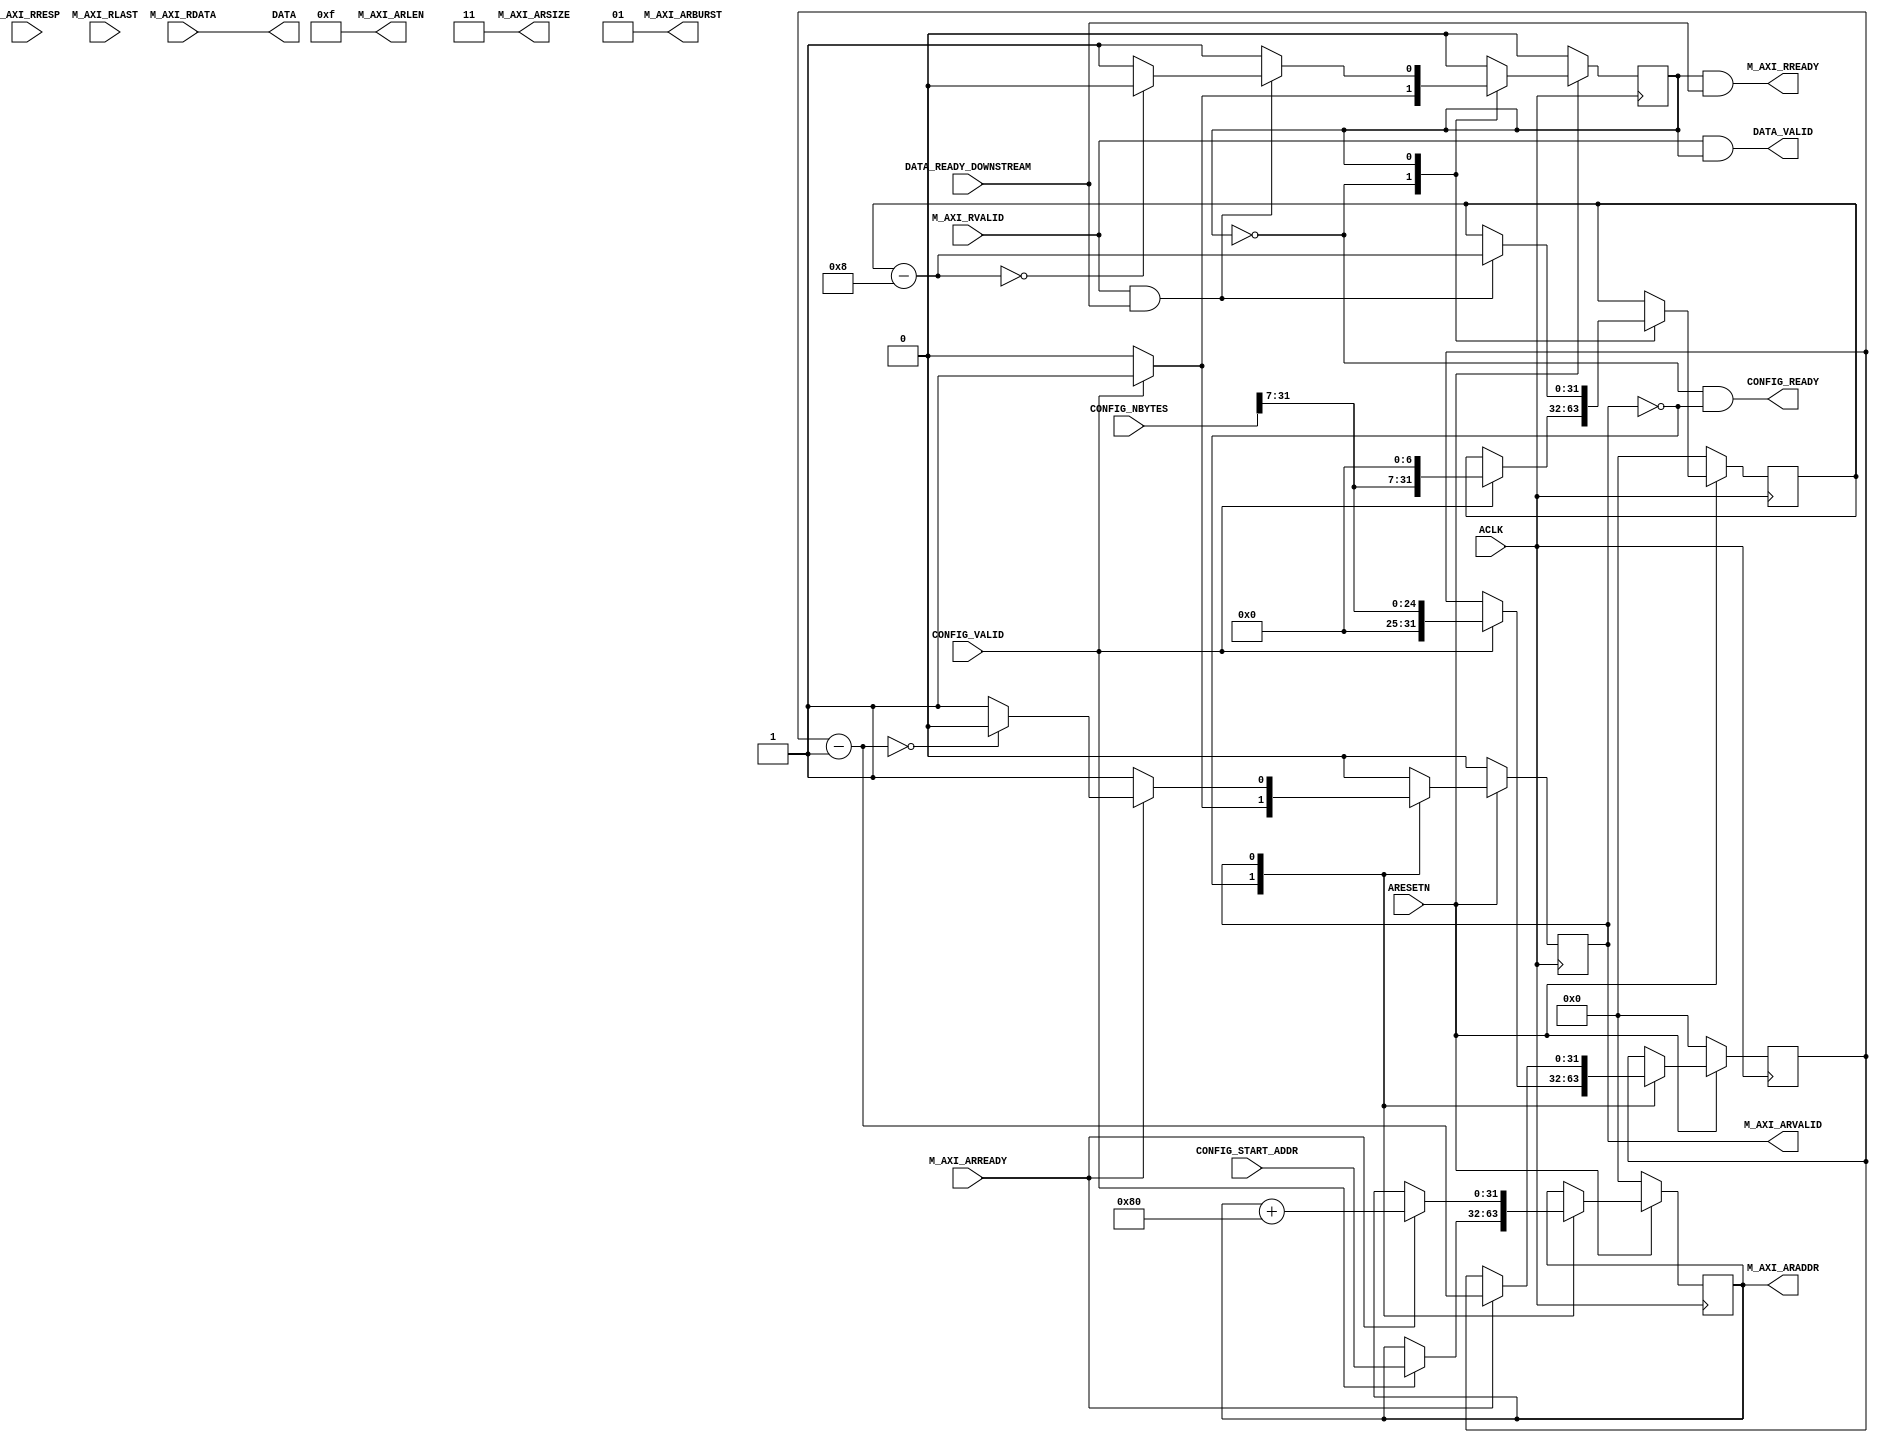
module DRAMReader_1(
    input ACLK,
    input ARESETN,
    output reg [31:0] M_AXI_ARADDR,
    input M_AXI_ARREADY,
    output  M_AXI_ARVALID,
    input [63:0] M_AXI_RDATA,
    output M_AXI_RREADY,
    input [1:0] M_AXI_RRESP,
    input M_AXI_RVALID,
    input M_AXI_RLAST,
    output [3:0] M_AXI_ARLEN,
    output [1:0] M_AXI_ARSIZE,
    output [1:0] M_AXI_ARBURST,
    input CONFIG_VALID,
    output CONFIG_READY,
    input [31:0] CONFIG_START_ADDR,
    input [31:0] CONFIG_NBYTES,
    input DATA_READY_DOWNSTREAM,
    output DATA_VALID,
    output [63:0] DATA
);
assign M_AXI_ARLEN = 4'b1111;
assign M_AXI_ARSIZE = 2'b11;
assign M_AXI_ARBURST = 2'b01;
parameter IDLE = 0, RWAIT = 1;
reg [31:0] a_count;
reg a_state;  
assign M_AXI_ARVALID = (a_state == RWAIT);
always @(posedge ACLK) begin
    if (ARESETN == 0) begin
        a_state <= IDLE;
        M_AXI_ARADDR <= 0;
        a_count <= 0;
    end else case(a_state)
        IDLE: begin
            if(CONFIG_VALID) begin
                M_AXI_ARADDR <= CONFIG_START_ADDR;
                a_count <= CONFIG_NBYTES[31:7];
                a_state <= RWAIT;
            end
        end
        RWAIT: begin
            if (M_AXI_ARREADY == 1) begin
                if(a_count - 1 == 0)
                    a_state <= IDLE;
                a_count <= a_count - 1;
                M_AXI_ARADDR <= M_AXI_ARADDR + 128; 
            end
        end
    endcase
end
reg [31:0] b_count;
reg r_state;
assign M_AXI_RREADY = (r_state == RWAIT) && DATA_READY_DOWNSTREAM;
always @(posedge ACLK) begin
    if (ARESETN == 0) begin
        r_state <= IDLE;
        b_count <= 0;
    end else case(r_state)
        IDLE: begin
            if(CONFIG_VALID) begin
                b_count <= {CONFIG_NBYTES[31:7],7'b0}; 
                r_state <= RWAIT;
            end
        end
        RWAIT: begin
            if (M_AXI_RVALID && DATA_READY_DOWNSTREAM) begin
                if(b_count - 8 == 0)
                    r_state <= IDLE;
                b_count <= b_count - 8; 
            end
        end
    endcase
end
assign DATA = M_AXI_RDATA;
assign DATA_VALID = M_AXI_RVALID && (r_state == RWAIT);
assign CONFIG_READY = (r_state == IDLE) && (a_state == IDLE);
endmodule